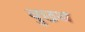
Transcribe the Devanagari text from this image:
वुछथ